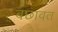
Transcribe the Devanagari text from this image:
बछावत